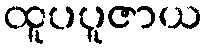
ထူပပူဇာယ